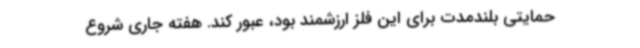
حمایتی بلندمدت برای این فلز ارزشمند بود، عبور کند. هفته جاری شروع